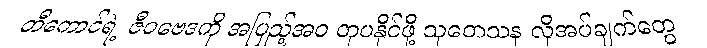
တီကောင်ရဲ့ ဇီဝဗေဒကို အပြည့်အဝ တုပနိုင်ဖို့ သုတေသန လိုအပ်ချက်တွေ